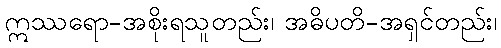
ဣဿရော-အစိုးရသူတည်း၊ အဓိပတိ-အရှင်တည်း၊